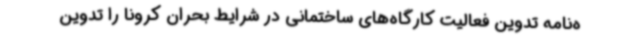
ه‌نامه تدوین فعالیت کارگاه‌های ساختمانی در شرایط بحران کرونا را تدوین